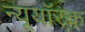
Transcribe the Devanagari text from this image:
न्यूयॉरक